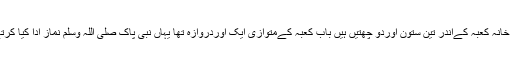
موجودہ خانہ کعبہ کےاندر تین ستون اوردو چھتیں ہیں بابِ کعبہ کےمتوازی ایک اوردروازہ تھا یہاں نبی پاک صلی اللہ وسلم نماز ادا کیا کرتےتھے۔